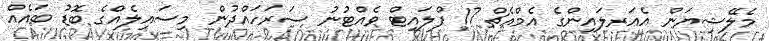
މެލޭޝިޔަން އެއަރލައިންގެ އެމްއެޗް 17 ފްލައިޓް ވެއްޓުނު ސަރަހައްދުން މިސައިލެއްގެ ބޮޑު ބައެއް